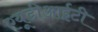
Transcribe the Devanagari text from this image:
एयूडीआईटी